Annual report of the Imperial Bacteriologist
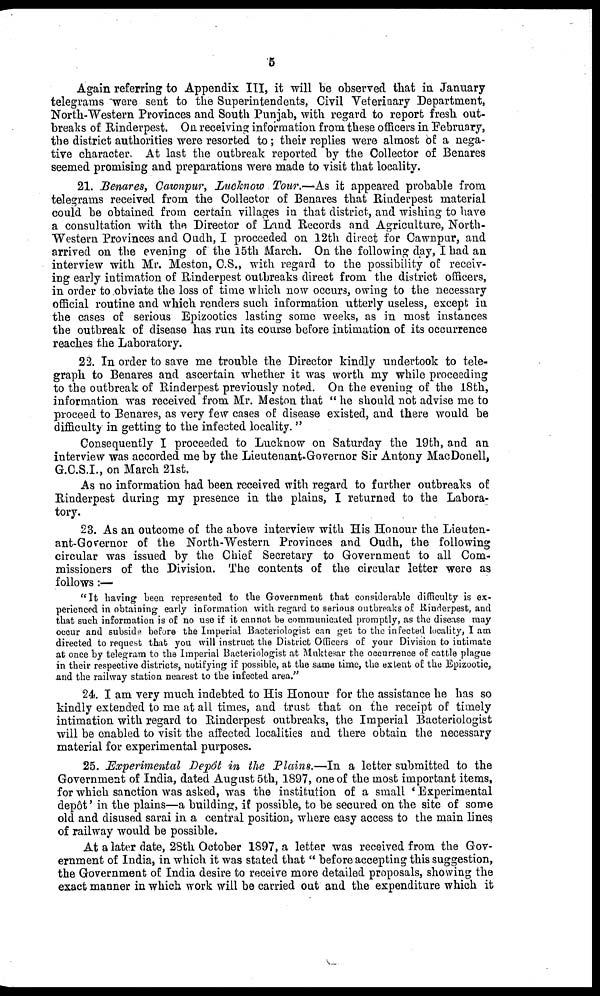
5
Again referring to Appendix III, it will be observed that in January
telegrams were sent to the Superintendents, Civil Veterinary Department,
North-Western Provinces and South Punjab, with regard to report fresh out-
breaks of Rinderpest. On receiving information from these officers in February,
the district authorities were resorted to; their replies were almost of a nega-
tive character. At last the outbreak reported by the Collector of Benares
seemed promising and preparations were made to visit that locality.
21. Benares, Cawnpur, Lucknow Tour.—As it appeared probable from
telegrams received from the Collector of Benares that Rinderpest material
could be obtained from certain villages in that district, and wishing to have
a consultation with the Director of Land Records and Agriculture, North-
Western Provinces and Oudh, I proceeded on 12th direct for Cawnpur, and
arrived on the evening of the 15th March. On the following day, I had an
interview with Mr. Meston, C.S., with regard to the possibility of receiv-
ing early intimation of Rinderpest outbreaks direct from the district officers,
in order to obviate the loss of time which now occurs, owing to the necessary
official routine and which renders such information utterly useless, except in
the cases of serious Epizootics lasting some weeks, as in most instances
the outbreak of disease has run its course before intimation of its occurrence
reaches the Laboratory.
22. In order to save me trouble the Director kindly undertook to tele-
graph to Benares and ascertain whether it was worth my while proceeding
to the outbreak of Rinderpest previously noted. On the evening of the 18th,
information was received from Mr. Meston that " he should not advise me to
proceed to Benares, as very few cases of disease existed, and there would be
difficulty in getting to the infected locality. "
Consequently I proceeded to Lucknow on Saturday the 19th, and an
interview was accorded me by the Lieutenant-Governor Sir Antony MacDonell,
G.C.S.I., on March 21st.
As no information had been received with regard to further outbreaks of
Rinderpest during my presence in the plains, I returned to the Labora-
tory.
23. As an outcome of the above interview with His Honour the Lieuten-
ant-Governor of the North-Western Provinces and Oudh, the following
circular was issued by the Chief Secretary to Government to all Com-
missioners of the Division. The contents of the circular letter were as
follows:—
"It having been represented to the Government that considerable difficulty is ex-
perienced in obtaining early information with, regard to serious outbreaks of Rinderpest, and
that such information is of no use if it cannot be communicated promptly, as the disease may
occur and subside before the Imperial Bacteriologist can get to the infected locality, I am
directed to request that you will instruct the District Officers of your Division to intimate
at once by telegram to the Imperial Bacteriologist at Muktesar the occurrence of cattle plague
in their respective districts, notifying if possible, at the same time, the extent of the Epizootic,
and the railway station nearest to the infected area."
24. I am very much indebted to His Honour for the assistance he has so
kindly extended to me at all times, and trust that on the receipt of timely
intimation with regard to Rinderpest outbreaks, the Imperial Bacteriologist
will be enabled to visit the affected localities and there obtain the necessary
material for experimental purposes.
25. Experimental Depôt in the Plains.—In a letter submitted to the
Government of India, dated August 5th, 1897, one of the most important items,
for which sanction was asked, was the institution of a small ' Experimental
depôt' in the plains—a building, if possible, to be secured on the site of some
old and disused sarai in a central position, where easy access to the main lines
of railway would be possible.
At a later date, 28th October 1897, a letter was received from the Gov-
ernment of India, in which it was stated that " before accepting this suggestion,
the Government of India desire to receive more detailed proposals, showing the
exact manner in which work will be carried out and the expenditure which it